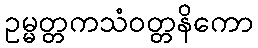
ဥမ္မတ္တကသံဝတ္တနိကော